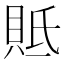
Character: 貾